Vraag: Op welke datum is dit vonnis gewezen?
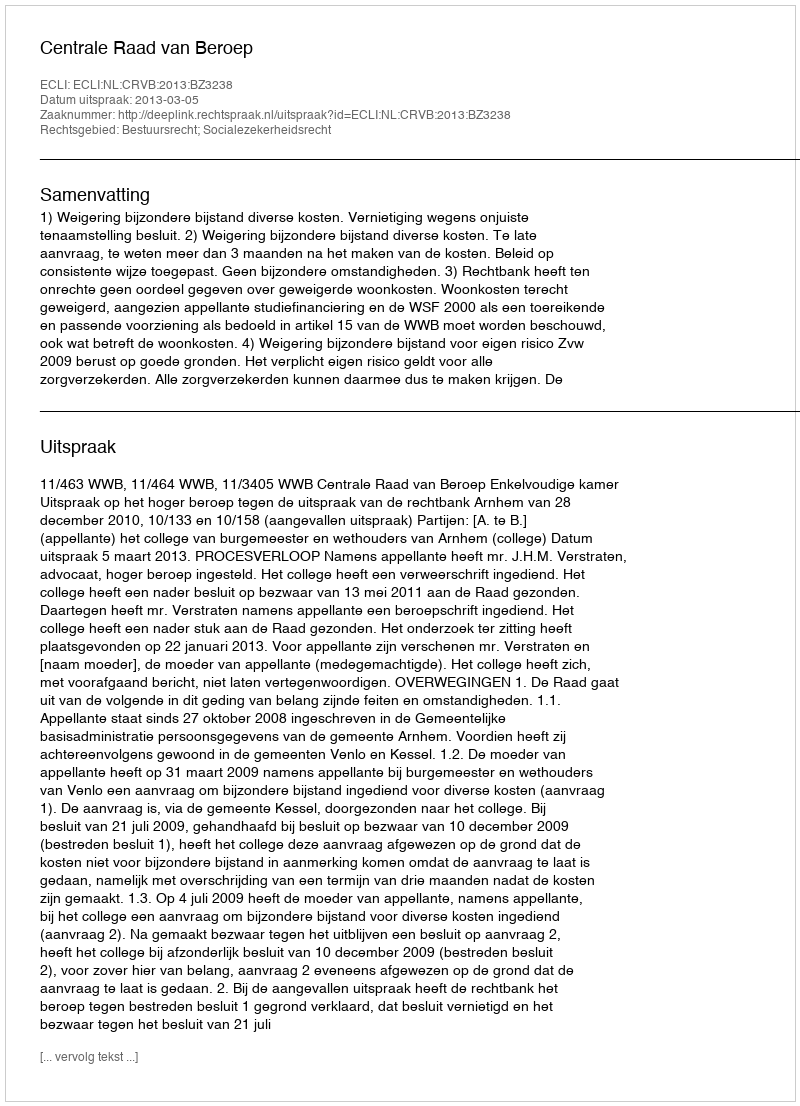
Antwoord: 2013-03-05